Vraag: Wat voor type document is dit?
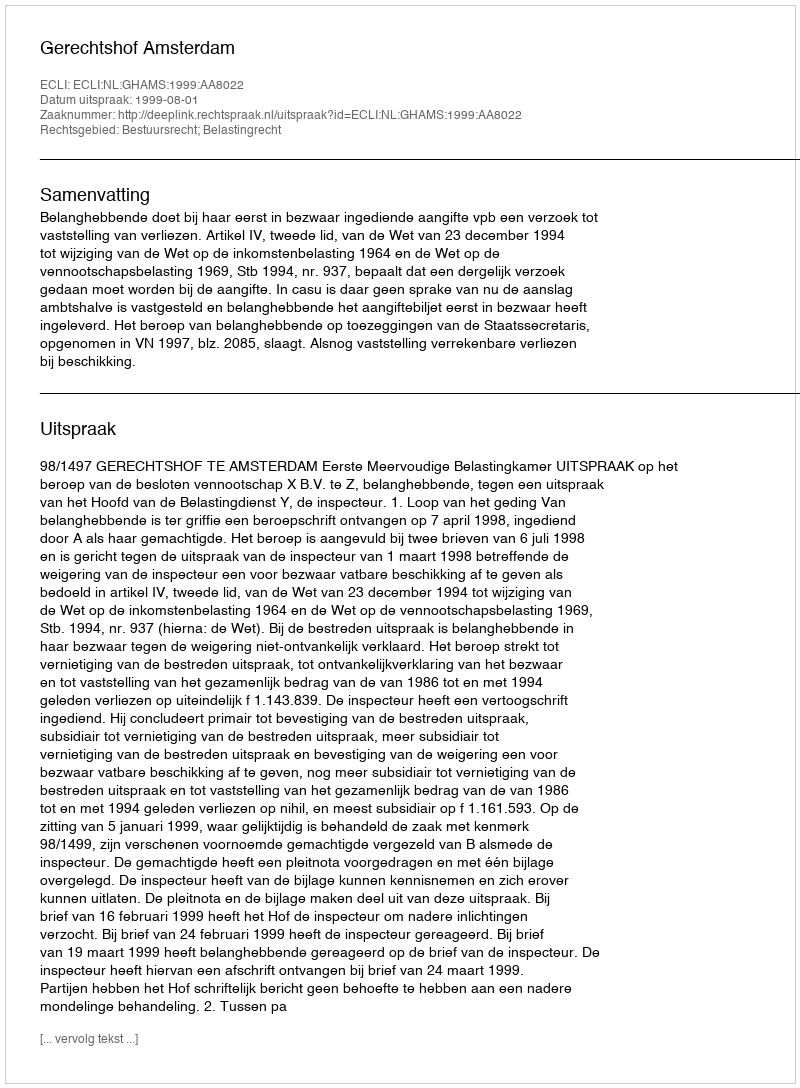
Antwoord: Uitspraak